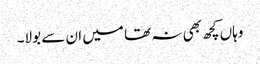
وہاں کچھ بھی نہ تھا میں ان سے بولا۔